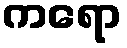
ကရော